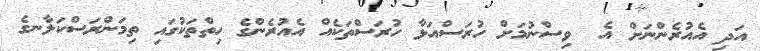
އަދި އެއުރެންނަށް އެ  ވިސްނުމަށް ހުރަސްއަޅާ ހުރަސްތަކެއް އެއުރެންގެ ހިތްތަކުގައި ތިމަންރަސްކަލާނގެ